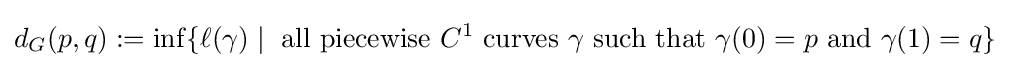
d_{G}(p,q):=\inf\{\ell (\gamma )\mid {\text{ all piecewise }}C^{1}{\text{ curves }}\gamma {\text{ such that }}\gamma (0)=p{\text{ and }}\gamma (1)=q\}